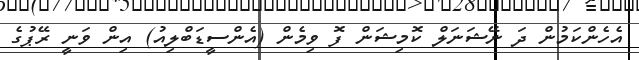
އެހެންކަމުން ދަ ނޭޝަނަލް ކޮމިޝަން ފޮ ވިމެން (އެންސީޑަބްލިއު) އިން ވަނީ ރޭޕުގެ